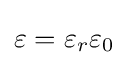
\varepsilon =\varepsilon _{r}\varepsilon _{0}\,\!